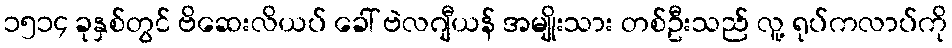
၁၅၁၄ ခုနှစ်တွင် ဗိဆေးလိယပ် ခေါ် ဗဲလဂျီယန် အမျိုးသား တစ်ဦးသည် လူ့ ရုပ်ကလာပ်ကို